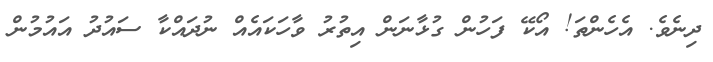
ދިނެވެ. އެހެންތަ! އޯކޭ ފަހުން ގުޅާނަން އިތުރު ވާހަކައެއް ނުދައްކާ ސައުދު އައުމުން